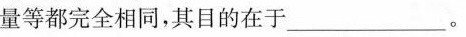
量等都完全相同，其目的在于___。